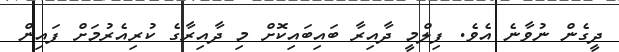
ދީގެން ނުވާނެ އެވެ. ފިލްމީ ދާއިރާ ބައިބައިކޮށް މި ދާއިރާގެ ކުރިއެރުމަށް ފައިން